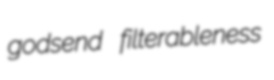
godsend filterableness